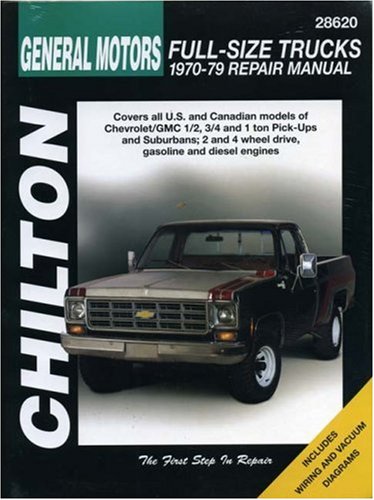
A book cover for General Motors Full-Size Trucks, 1970-79 (Chilton's Total Car Care Repair Manual) (Chilton Total Car Care Series Manuals); Chilton; Engineering & Transportation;